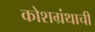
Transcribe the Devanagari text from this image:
कोशग्रंथाची